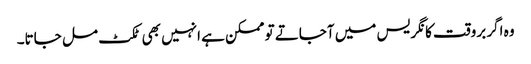
وہ اگر بروقت کانگریس میں آجاتے تو ممکن ہے انہیں بھی ٹکٹ مل جاتا۔